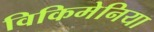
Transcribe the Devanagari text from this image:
विकिमेनिया